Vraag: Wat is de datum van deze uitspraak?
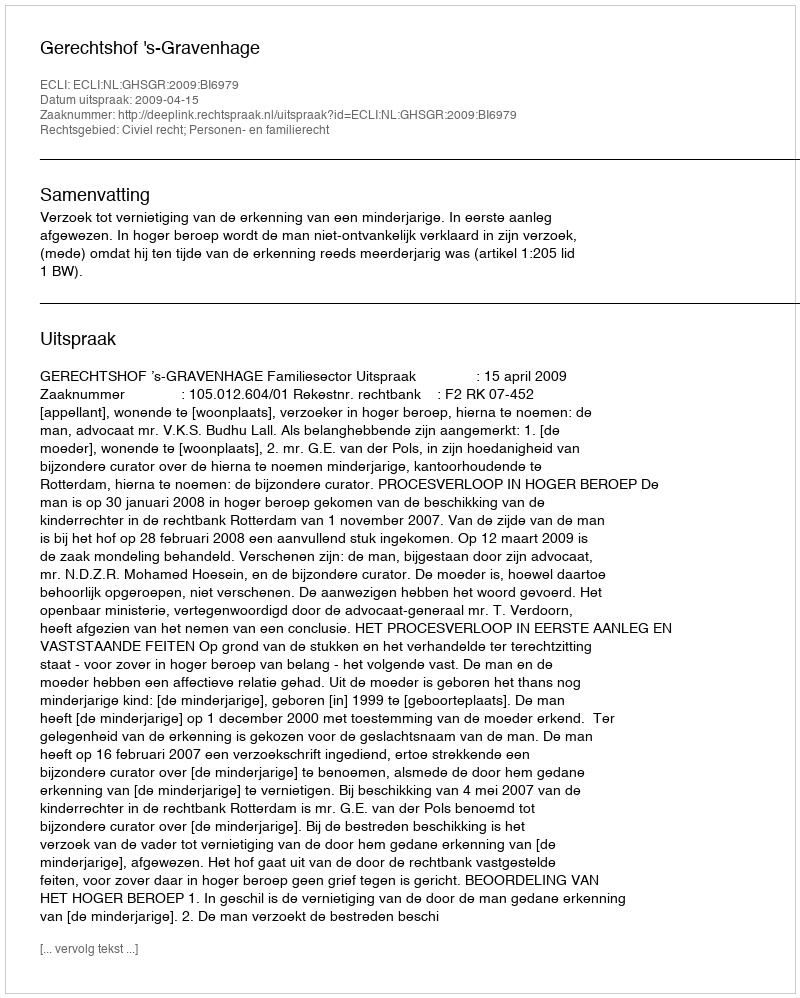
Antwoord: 2009-04-15